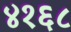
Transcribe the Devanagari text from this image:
४१६८